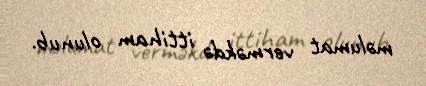
məlumat verməkdə ittiham olunub.